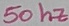
Text: 50 hz